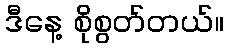
ဒီနေ့ စိုစွတ်တယ်။